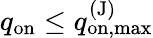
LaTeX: q_{\mathrm{on}}\leq q_{\mathrm{on,max}}^{\mathrm{(J)}}